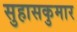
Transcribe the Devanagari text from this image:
सुहासकुमार